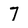
Character: 7